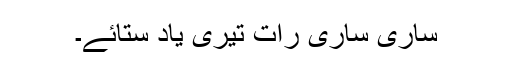
ساری ساری رات تیری یاد ستائے۔